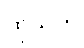
ထိုသူကို